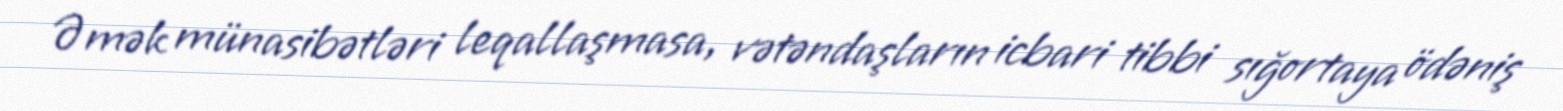
Əmək münasibətləri leqallaşmasa, vətəndaşların icbari tibbi sığortaya ödəniş